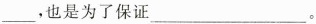
___，也是为了保证___。